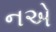
નએ